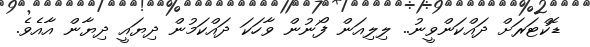
ޑޮކްޓަރަށް ދައްކަންވީނު.. ލިލިއަން ފޯނުން ވާހަކަ ދައްކަމުން ދިޔައީ ދިޔާން އާއެވެ.